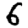
Digit: 6